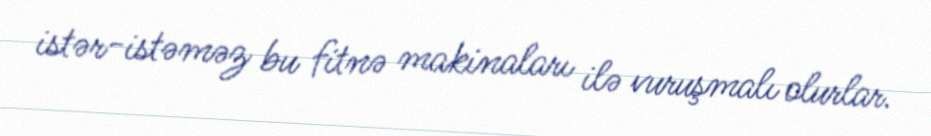
istər-istəməz bu fitnə makinaları ilə vuruşmalı olurlar.